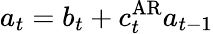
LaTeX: a_{t}=b_{t}+c_{t}^{\operatorname{AR}}a_{t-1}